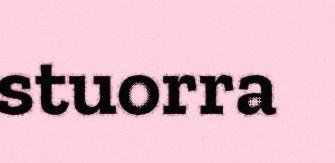
stuorra